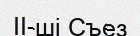
II-ші Съез